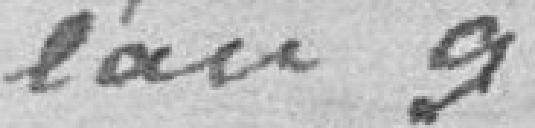
l'an 9